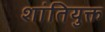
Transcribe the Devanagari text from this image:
शांतियुक्त